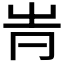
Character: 𡴊